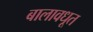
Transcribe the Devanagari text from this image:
बालावधूत